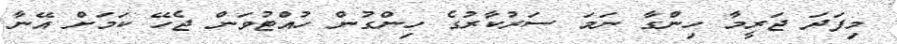
މިފަދަ ޖަރީމާ ހިންގާ ނަމަ ސަރުކާރުގެ ހިންގުން ހުއްޓުވަން ޖެހޭ ކަމަށް އޭނާ